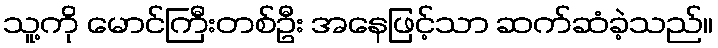
သူ့ကို မောင်ကြီးတစ်ဦး အနေဖြင့်သာ ဆက်ဆံခဲ့သည်။